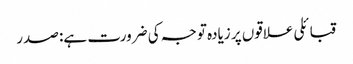
قبائلی علاقوں پر زیادہ توجہ کی ضرورت ہے: صدر